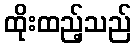
ထိုးထည့်သည်